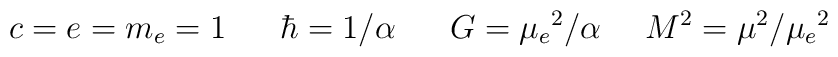
c=e=m_{e}=1~~~~~\hbar=1/\alpha~~~~~G=\mu_{e}{}^{2}/\alpha~~~~M^{2}=\mu^{2}/\mu_{e}{}^{2}